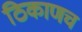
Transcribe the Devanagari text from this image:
ठिकाणच